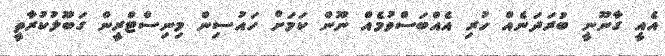
އެއީ ގާނޫނީ ބުރަދަނެއް ހުރި އެއްބަސްވުމެއް ނޫން ކަމަށް ހައުސިން މިނިސްޓްރީން ގަބޫލުކުރާތީ